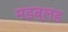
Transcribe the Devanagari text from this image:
मडब्लड